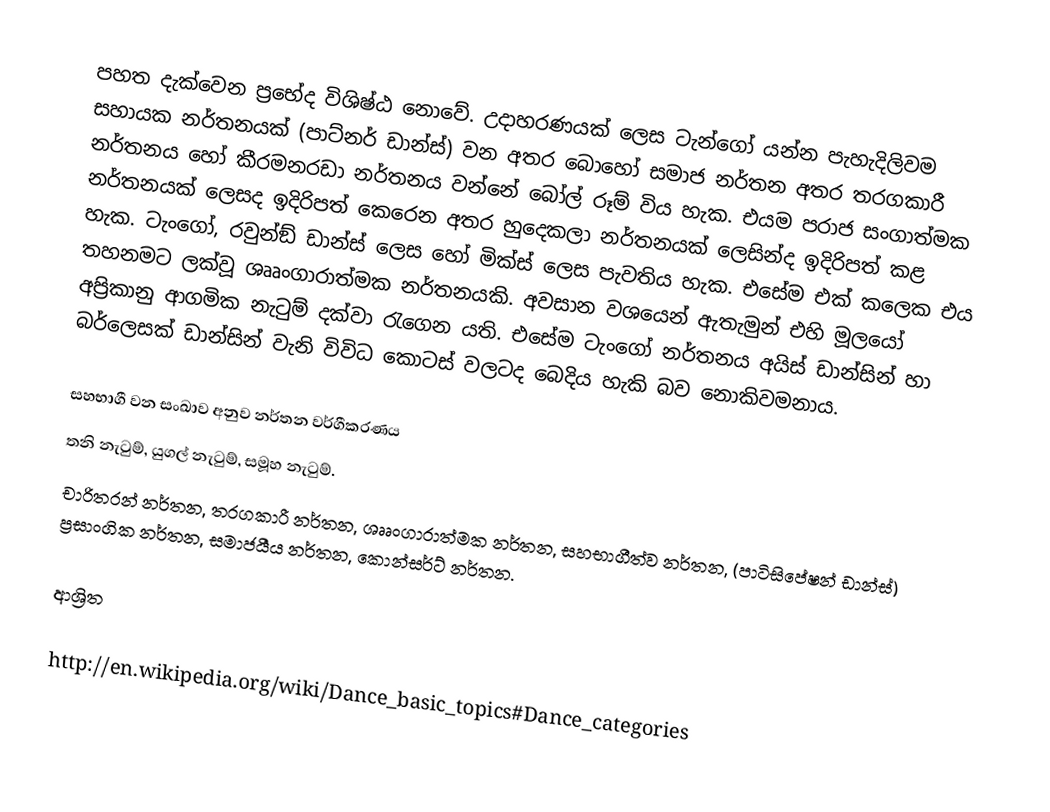
පහත දැක්වෙන ප්‍රභේද විශිෂ්ඨ නොවේ. උදාහරණයක් ලෙස ටැන්ගෝ යන්න පැහැදිලිවම සහායක නර්තනයක් (පාට්නර් ඩාන්ස්) වන අතර බොහෝ සමාජ නර්තන අතර තරගකාරී නර්තනය හෝ කීරමනරඩා නර්තනය වන්නේ බෝල් රූම් විය හැක. එයම පරාජ සංගාත්මක නර්තනයක් ලෙසද ඉදිරිපත් කෙරෙන අතර හුදෙකලා නර්තනයක් ලෙසින්ද ඉදිරිපත් කළ හැක. ටැංගෝ, රවුන්ඞ් ඩාන්ස් ලෙස හෝ මික්ස් ලෙස පැවතිය හැක. එසේම එක් කලෙක එය තහනමට ලක්වූ ශෲංගාරාත්මක නර්තනයකි. අවසාන වශයෙන් ඇතැමුන් එහි මූලයෝ අප්‍රිකානු ආගමික නැටුම් දක්වා රැගෙන යති. එසේම ටැංගෝ නර්තනය අයිස් ඩාන්සින් හා බර්ලෙසක් ඩාන්සින් වැනි විවිධ කොටස් වලටද බෙදිය හැකි බව නොකිවමනාය.

සහභාගී වන සංඛාව අනුව නර්තන වර්ගීකරණය
තනි නැටුම්, යුගල් නැටුම්, සමූහ නැටුම්.
චාරිතරන්  නර්තන, තරගකාරී නර්තන, ශෲංගාරාත්මක නර්තන, සහභාගීත්ව නර්තන, (පාටිසිපේෂන් ඩාන්ස්) ප්‍රසාංගික නර්තන, සමාජයීය නර්තන, කොන්සර්ට් නර්තන.

ආශ්‍රිත

http://en.wikipedia.org/wiki/Dance_basic_topics#Dance_categories